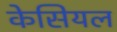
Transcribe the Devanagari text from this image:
केसियल